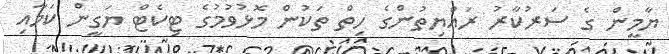
ޔާމީން ގެ ސަރުކާރު ރައްޔިތުންގެ ހިތް ތަކުން މޮޅުވުމުގެ ޓިކެޓް ޔަގީން ކަމާއި